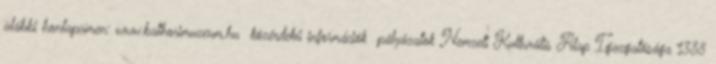
alábbi honlapcímen: www.bathorimuzeum.hu közérdekű információk pályázatok Nemzeti Kulturális Alap Igazgatósága 1388